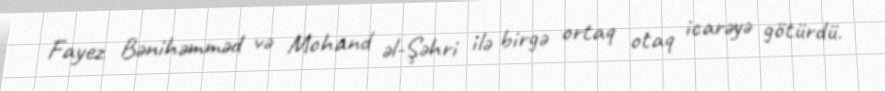
Fayez Bənihəmməd və Mohand əl-Şəhri ilə birgə ortaq otaq icarəyə götürdü.